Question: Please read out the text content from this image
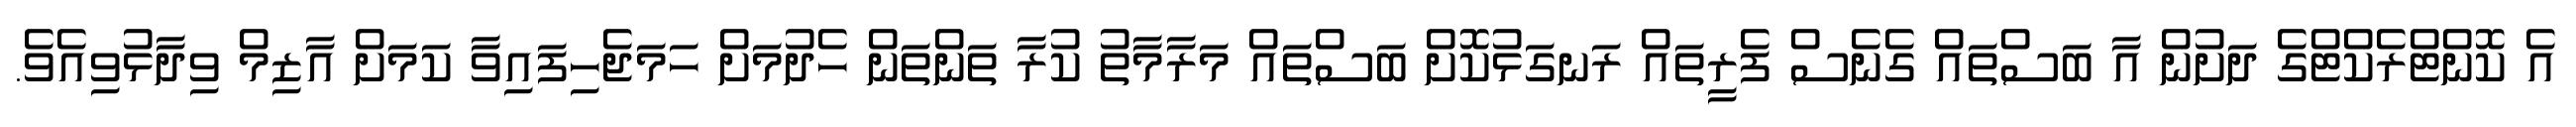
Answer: އެ ކޮންޓްރެކްޓްގެ ދަށުން އާ ބަސްތައް ގެނެސް ފެރީތައް ރަނގަޅުކޮށް ބަސްތައް މަރާމާތު ކުރާ ތަންތަން ހެދުމަށް ހަމަޖެހިފައިވާ ކަމަށް އާޒިމް ވިދާޅުވިއެވެ.